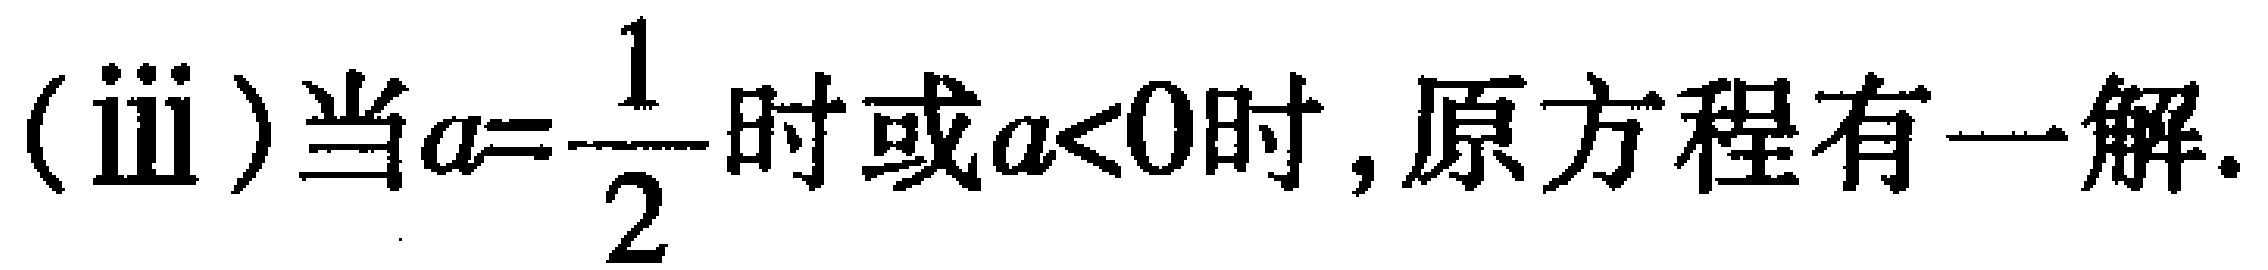
(ⅲ)当$a = \dfrac{1}{2}$时或$a < 0$时, 原方程有一解.